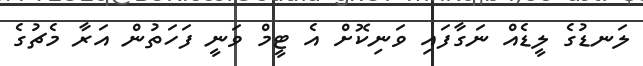
ލަނޑުގެ ލީޑެއް ނަގާފައި ވަނިކޮށް އެ ޓީމް ވަނީ ފަހަތުން އަރާ މެޗުގެ